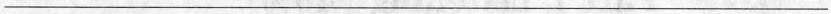
___